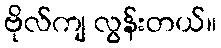
ဗိုလ်ကျ လွန်းတယ်။